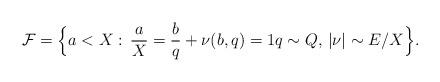
LaTeX: \begin{align*}\mathcal{F}=\Bigl\{a<X:\, \frac{a}{X}=\frac{b}{q}+\nu(b,q)=1q\sim Q,\,|\nu|\sim E/X\Bigr\}.\end{align*}